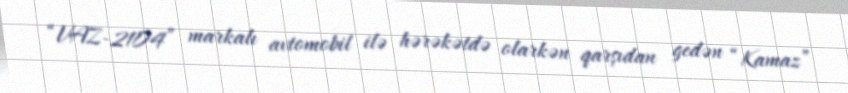
“VAZ-2104” markalı avtomobil ilə hərəkətdə olarkən qarşıdan gedən “Kamaz”